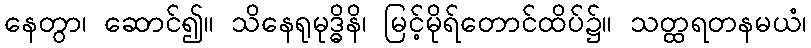
နေတွာ၊ ဆောင်၍။ သိနေရုမုဒ္ဓိနိ၊ မြင့်မိုရ်တောင်ထိပ်၌။ သတ္ထရတနမယံ၊